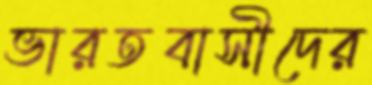
ভারতবাসীদের